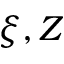
\xi , Z